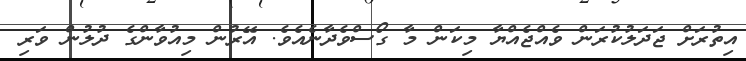
އިތުރަށް ޖަދަލުކުރަން ވެއްޖެއްޔާ މިކަން މާ ގޯސްވެދާނެއެވެ. އޭރުން މިއުވާންގެ ދުލުން ވަރި